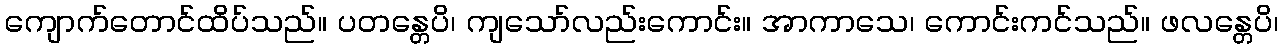
ကျောက်တောင်ထိပ်သည်။ ပတန္တေပိ၊ ကျသော်လည်းကောင်း။ အာကာသေ၊ ကောင်းကင်သည်။ ဖလန္တေပိ၊